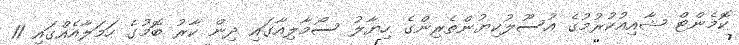
ކޮމެންޓް ޝާއިއުކުރުމުގެ އުސޫލުކިޔުންތެރިންގެ ހިޔާލު ސޯމާލިއާގައި ދިން ކާރު ބޮމުގެ ހަމަލާއެއްގައި 11